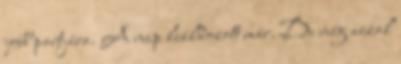
jobb partjára. A nap leáldozott már. De még azzal